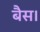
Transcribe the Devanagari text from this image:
बैस।